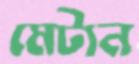
মেটান